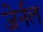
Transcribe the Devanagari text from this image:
जेर्नल